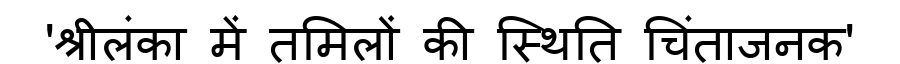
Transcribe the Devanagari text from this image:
'श्रीलंका में तमिलों की स्थिति चिंताजनक'